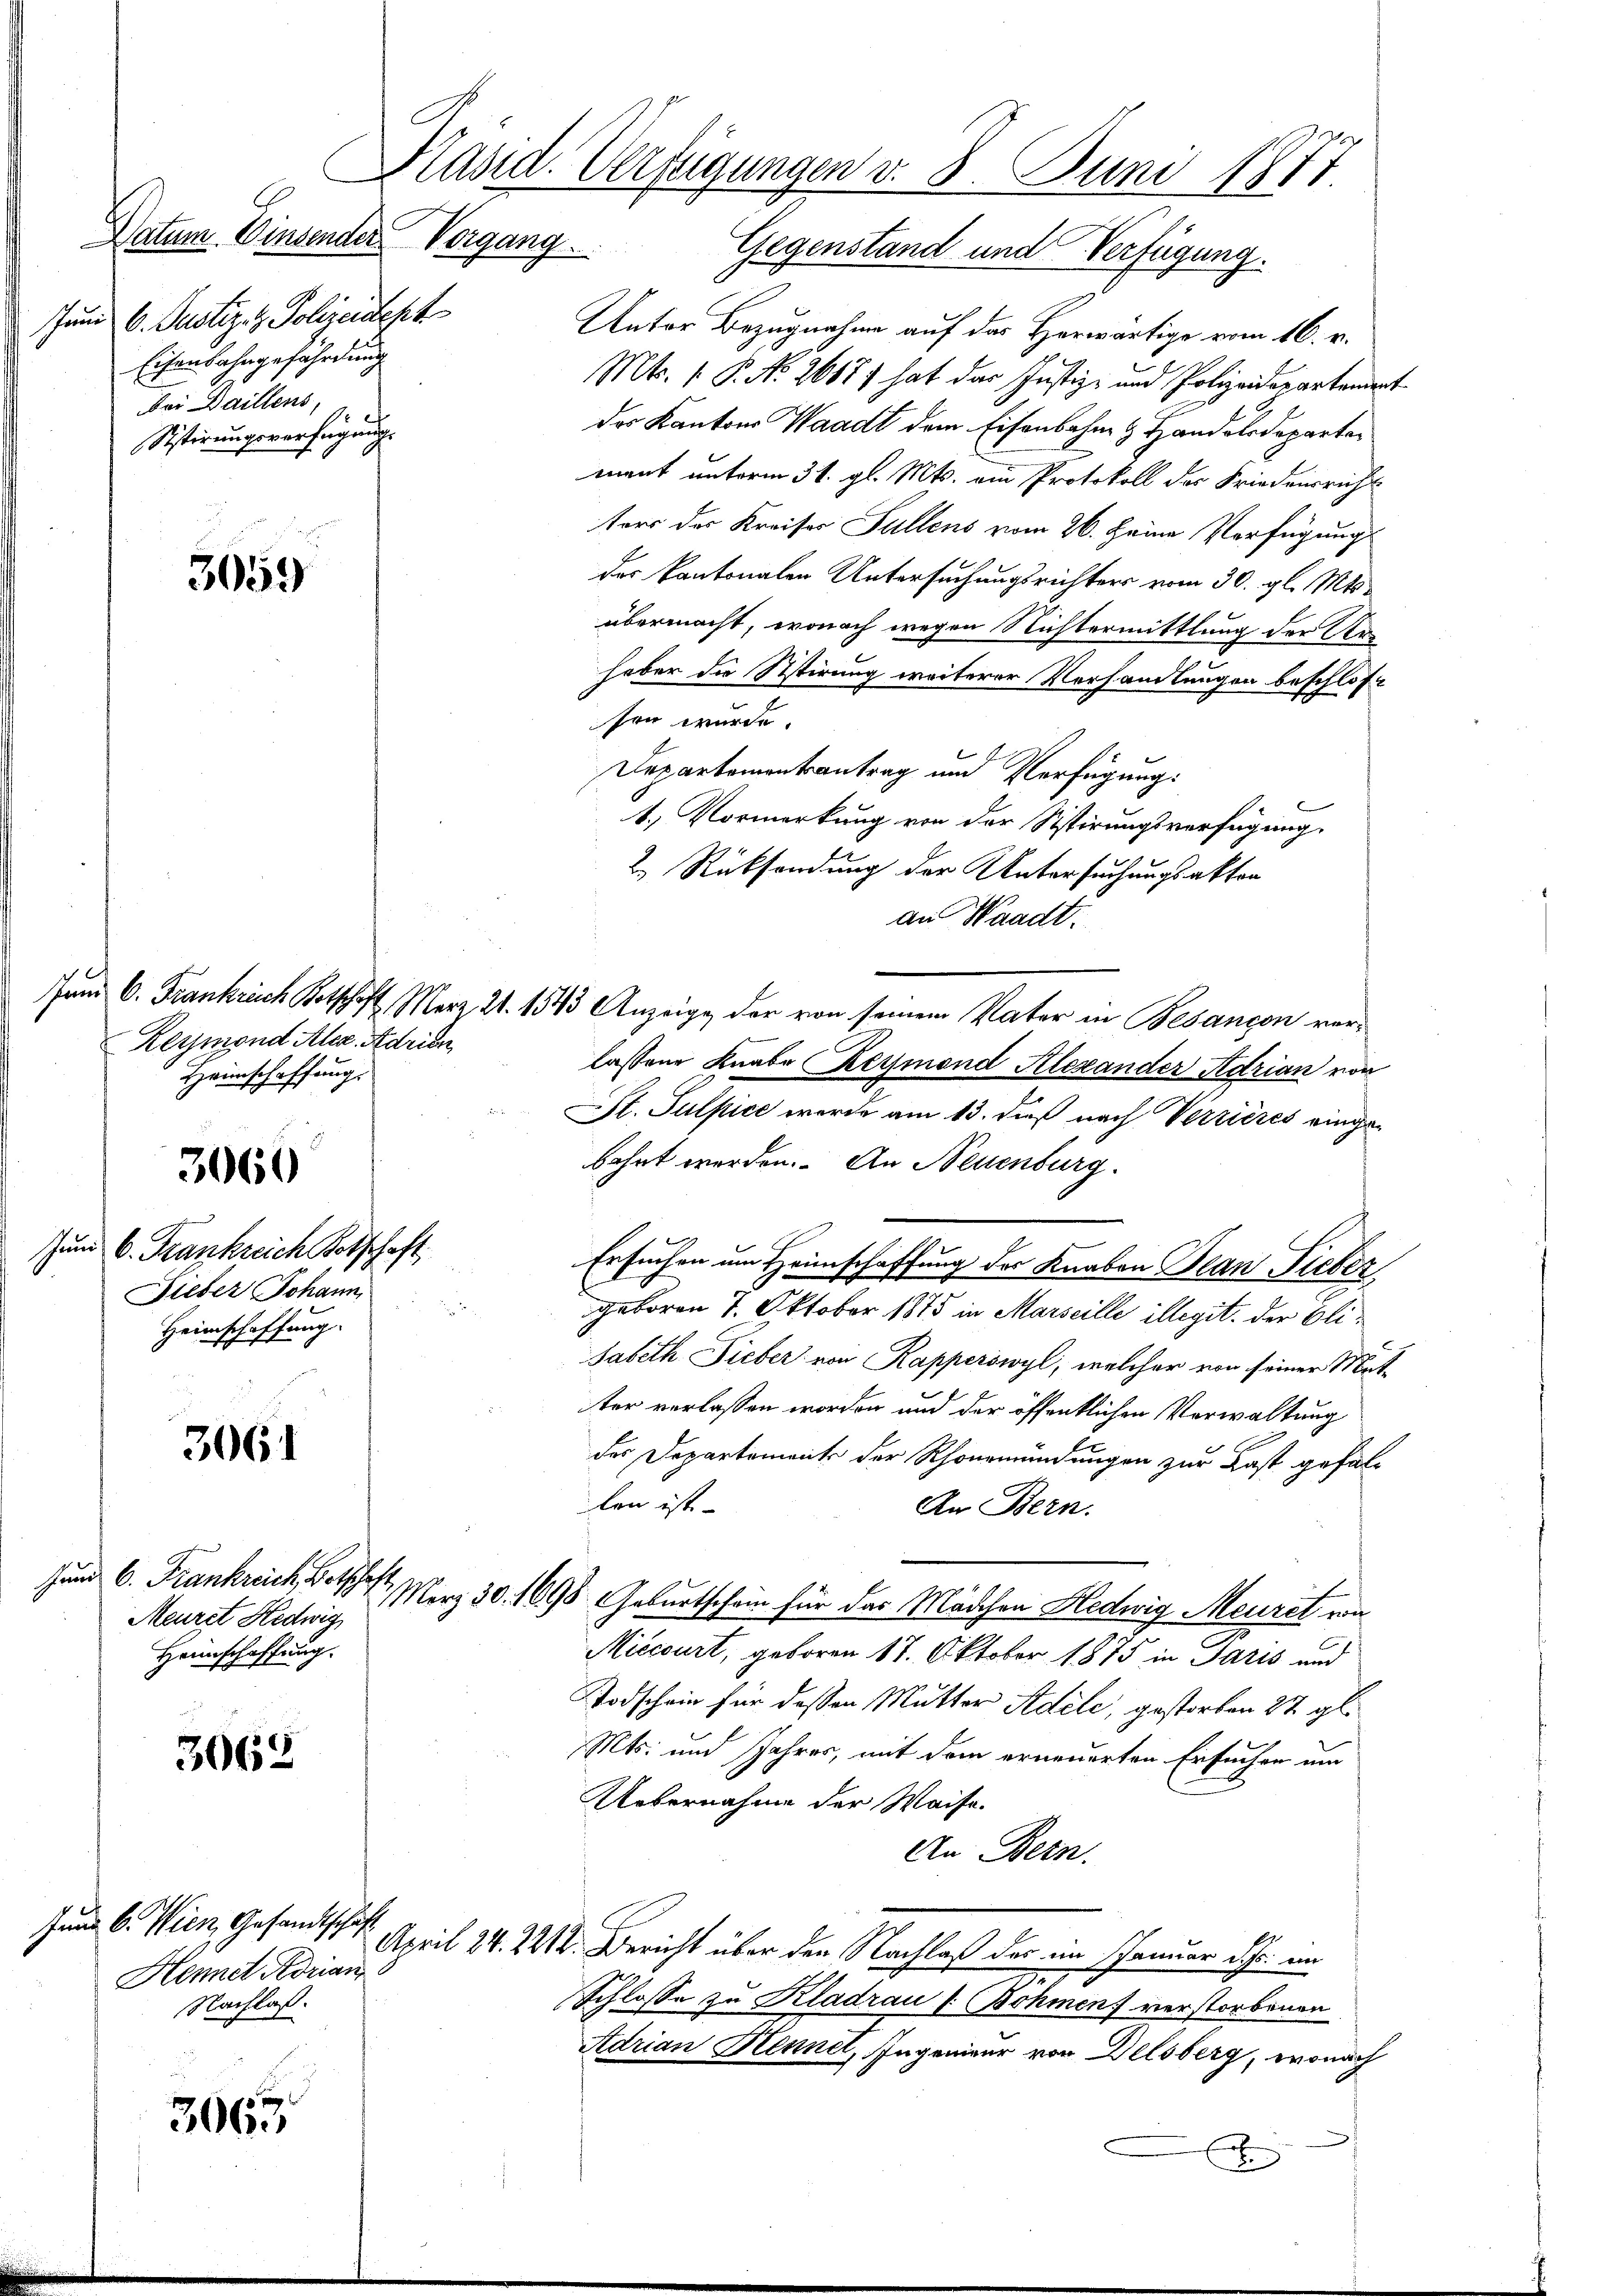
6. Justiz- & Polizeidept
hun
Eisenbahngefährdung
Bei Daillens,
Sistirungsverfügung.

3059

Reymond Alex. Adridu
Heimschaffung.

3060

Zum 6. Frankreich Kotschaft
Sieber Johann,
Heimschaffung.

3061

Jund 6. Frankreich Botschaft,
Meurst Hedwig
Heimschaffung.

3062

3063

Jund 6. Wien, Gesandtschaft
Hennet Adrian
Nachlaß.

Antor Bezugnahme auf das Herwärtige vom 16. v.
Mts. 1. P. N. 2617) hat das Justiz- und Polizeidepartement
das Kantons Waadt dem Eisenbahn & Handelsdepartemant unterm 31. gl. Mts. ein Protokoll des Friedensricht
ters der Kreises Füllens vom 26. Seine Verfügung
des Kantonalen Untersuchungsrichters vom 30. gl. Mts.
übermacht, wonach wegen Nichtermittlung der Arhaber die Sistirung weiterer Verhandlungen beschlos
sen wurde
Departementsantrag und Verfügung:
1.) Vormerkung von der Sistirungsverfügung
2.) Rücksendung der Untersuchungsakten
an Waadt.
Jan C. Frankreich Kotschaft März 21. 1543 Anzeige, der von seinem Vater in Besançon verlassene Knabe Reymond Alexander Adrian von
St. Sulpice werde am 13. daß nach Verzieres eingebahnt werden. An Neuenburg.
Ersuchen um Heimschaffung der Knaben Bean Fieber
geboren 7. Oktober 1875 in Marseille illegit. der Elisabeth Fieber von Kapperswyl, welcher von seiner Mut-
ter verlassen worden und der öffentlichen Verwaltung
des Departement der Schwermündungen zur Last gefallen ist
An Bern.
Merz 30. 1698. Geburtschein für das Mädchen Hedwig Meuret von
Miccourt, geboren 17. Oktober 1875 in Paris und
Todschein für dessen Mutter Adele, gestorben 27. gl.
Mts. und Jahres, mit dem erneuerten Ersuchen um
Uebernahme der Waise.
An Bern.
April 24. 2212. Bericht über der Nachlaß der im Januar dass an
Schlosse zu Kladrau [Bohmen) verstorbenen
Adrian Hennet, Ingenieur von Delsberg, wonach
x

Präsid. Verfügungen d. 8. Juni 1877
Datum. Einsender Vorgang. Gegenstand und Verfügung.